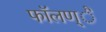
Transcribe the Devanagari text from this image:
फाॅलण्ै